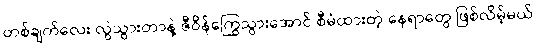
တစ်ချက်လေး လွဲသွားတာနဲ့ ဇီဝိန်ကြွေသွားအောင် စီမံထားတဲ့ နေရာတွေ ဖြစ်လိမ့်မယ်